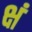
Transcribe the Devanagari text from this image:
क्षं